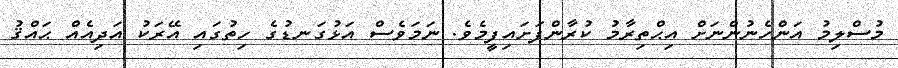
މުސްލިމު އަންހެނުންނަށް އިޙްތިރާމު ކުރާންފަށައިފީމެވެ. ނަމަވެސް އަޅުގަނޑުގެ ހިތުގައި އޭރަކު އަދިއެއް ޙައްޤު